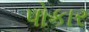
પોકાર